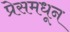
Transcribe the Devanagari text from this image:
प्रेसमधून